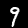
Digit: 9